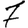
Digit: 7